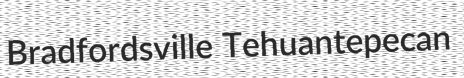
Bradfordsville Tehuantepecan